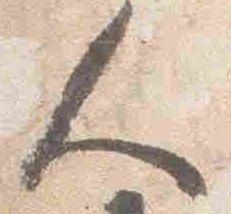
人